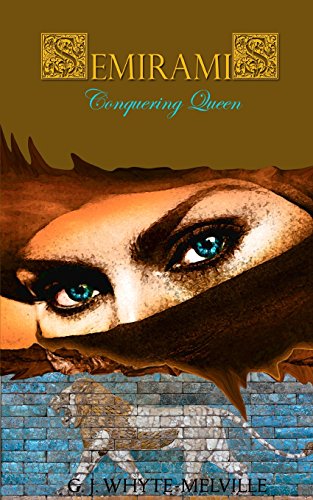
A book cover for Semiramis - Conquering Queen; G. J. Whyte-Melville; Romance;